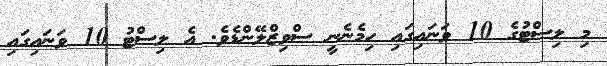
މި ލިސްޓުގެ 10 ވަނައިގައި ހިމެނެނީ ސްވިޒްލޭންޑެވެ. އެ ލިސްޓު 10 ވަނައިގައި